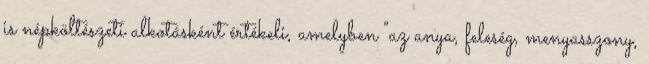
is népköltészeti alkotásként értékeli, amelyben "az anya, feleség, menyasszony,